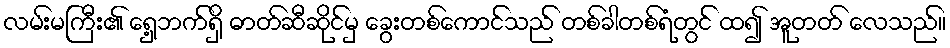
လမ်းမကြီး၏ ရှေ့ဘက်ရှိ ဓာတ်ဆီဆိုင်မှ ခွေးတစ်ကောင်သည် တစ်ခါတစ်ရံတွင် ထ၍ အူတတ် လေသည်။